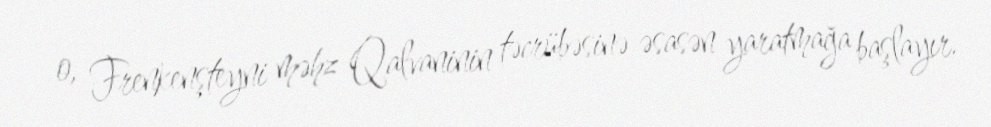
o, Frenkenşteyni məhz Qalvaninin təcrübəsinə əsasən yaratmağa başlayır.